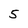
Character: 5